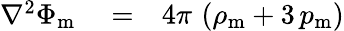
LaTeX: \begin{array}{rlr}{\nabla^{2}\Phi_{\mathrm{m}}}&{{}=}&{4\pi\, \left(\rho_{\mathrm{m}}+3\, p_{\mathrm{m}}\right)}\end{array}